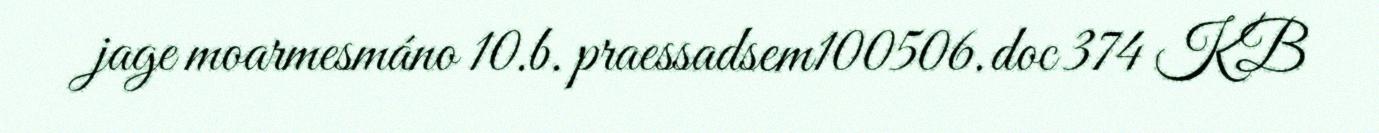
jage moarmesmáno 10.b. praessadsem100506.doc 374 KB